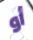
أو